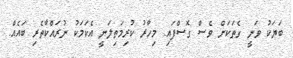
ބަޔަކު ވަނީ ގެތަކަށް ވެސް ގޮސްފައި. މިހާރު ކުރިމަތިލަނީ އެކަމަކު ނުރައްކާތެރި ބައެއް.